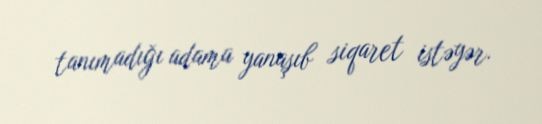
tanımadığı adama yanaşıb siqaret istəyər.